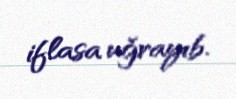
iflasa uğrayıb.